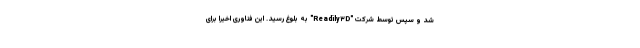
شد و سپس توسط شرکت "Readily۳D" به بلوغ رسید. این فناوری اخیراً برای